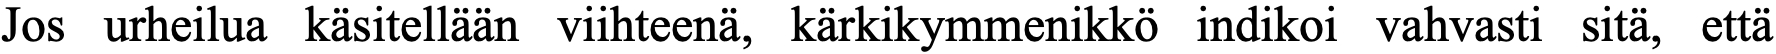
Jos urheilua käsitellään viihteenä, kärkikymmenikkö indikoi vahvasti sitä, että